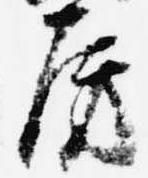
房